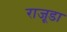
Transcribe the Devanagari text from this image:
राजूडा